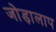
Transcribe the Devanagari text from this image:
जोड़ालाप